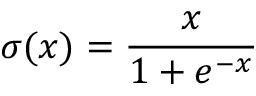
\sigma ( x ) = \frac { x } { 1 + e ^ { - x } }